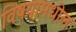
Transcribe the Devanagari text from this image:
विषयामधील